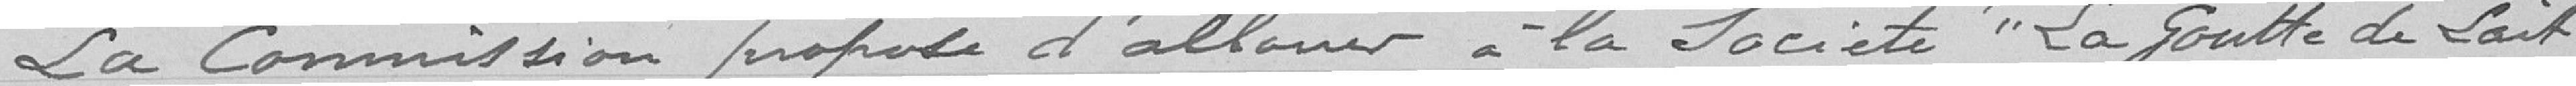
La Commission propose d'allouer à la Société "La Goutte de Lait"